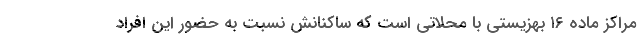
مراکز ماده ۱۶ بهزیستی با محلاتی است که ساکنانش نسبت به حضور این افراد